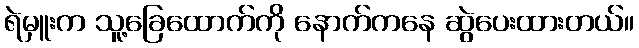
ရဲမှူးက သူ့ခြေထောက်ကို နောက်ကနေ ဆွဲပေးထားတယ်။